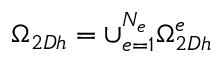
\Omega _ { 2 D h } = \cup _ { e = 1 } ^ { N _ { e } } \Omega _ { 2 D h } ^ { e }